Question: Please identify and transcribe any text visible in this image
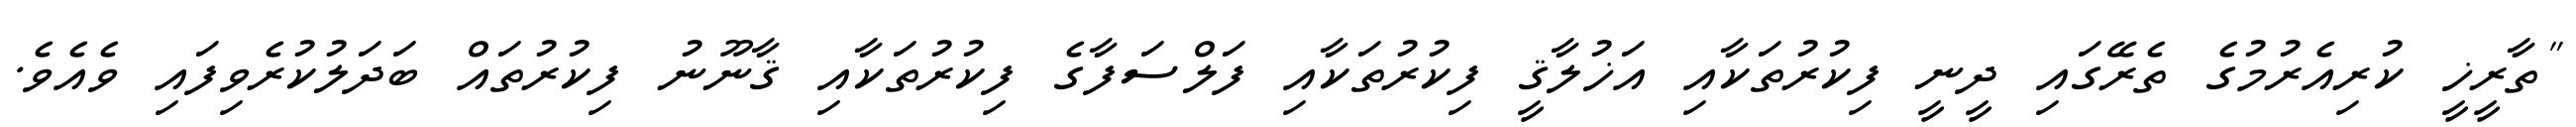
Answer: "ތާރީޚީ ކުރިއެރުމުގެ ތެރޭގައި ދީނީ ފިކުރުތަކާއި އަޚުލާޤީ ފިކުރުތަކާއި ފަލްސަފާގެ ފިކުރުތަކާއި ޤާނޫނު ފިކުރުތައް ބަދަލުކުރެވިފައި ވެއެވެ.